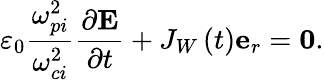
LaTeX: \varepsilon_{0}\frac{\omega_{pi}^{2}}{\omega_{ci}^{2}}\frac{\partial\mathbf{E}}{\partial t}+J_{W}\left(t\right)\mathbf{e}_{r}=\mathbf{0}.